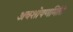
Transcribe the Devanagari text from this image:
अवशोषणमिति